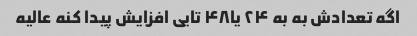
اگه تعدادش به به ۲۴ یا۴۸ تایی افزایش پیدا کنه عالیه